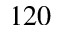
1 2 0